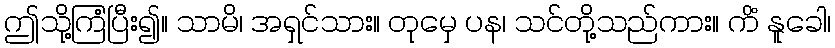
ဤသို့ကြံပြီး၍။ သာမိ၊ အရှင်သား။ တုမှေ ပန၊ သင်တို့သည်ကား။ ကိံ နူခေါ၊